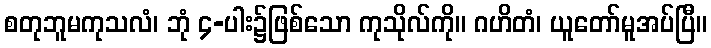
စတုဘူမကုသလံ၊ ဘုံ ၄-ပါး၌ဖြစ်သော ကုသိုလ်ကို။ ဂဟိတံ၊ ယူတော်မူအပ်ပြီ။